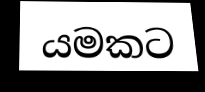
යමකට